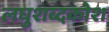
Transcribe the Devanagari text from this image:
लघुशब्दकोश